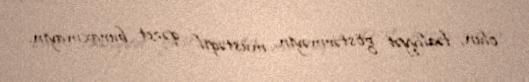
olun, fəaliyyət göstərməyin, müstəqil qəzet buraxmayın.